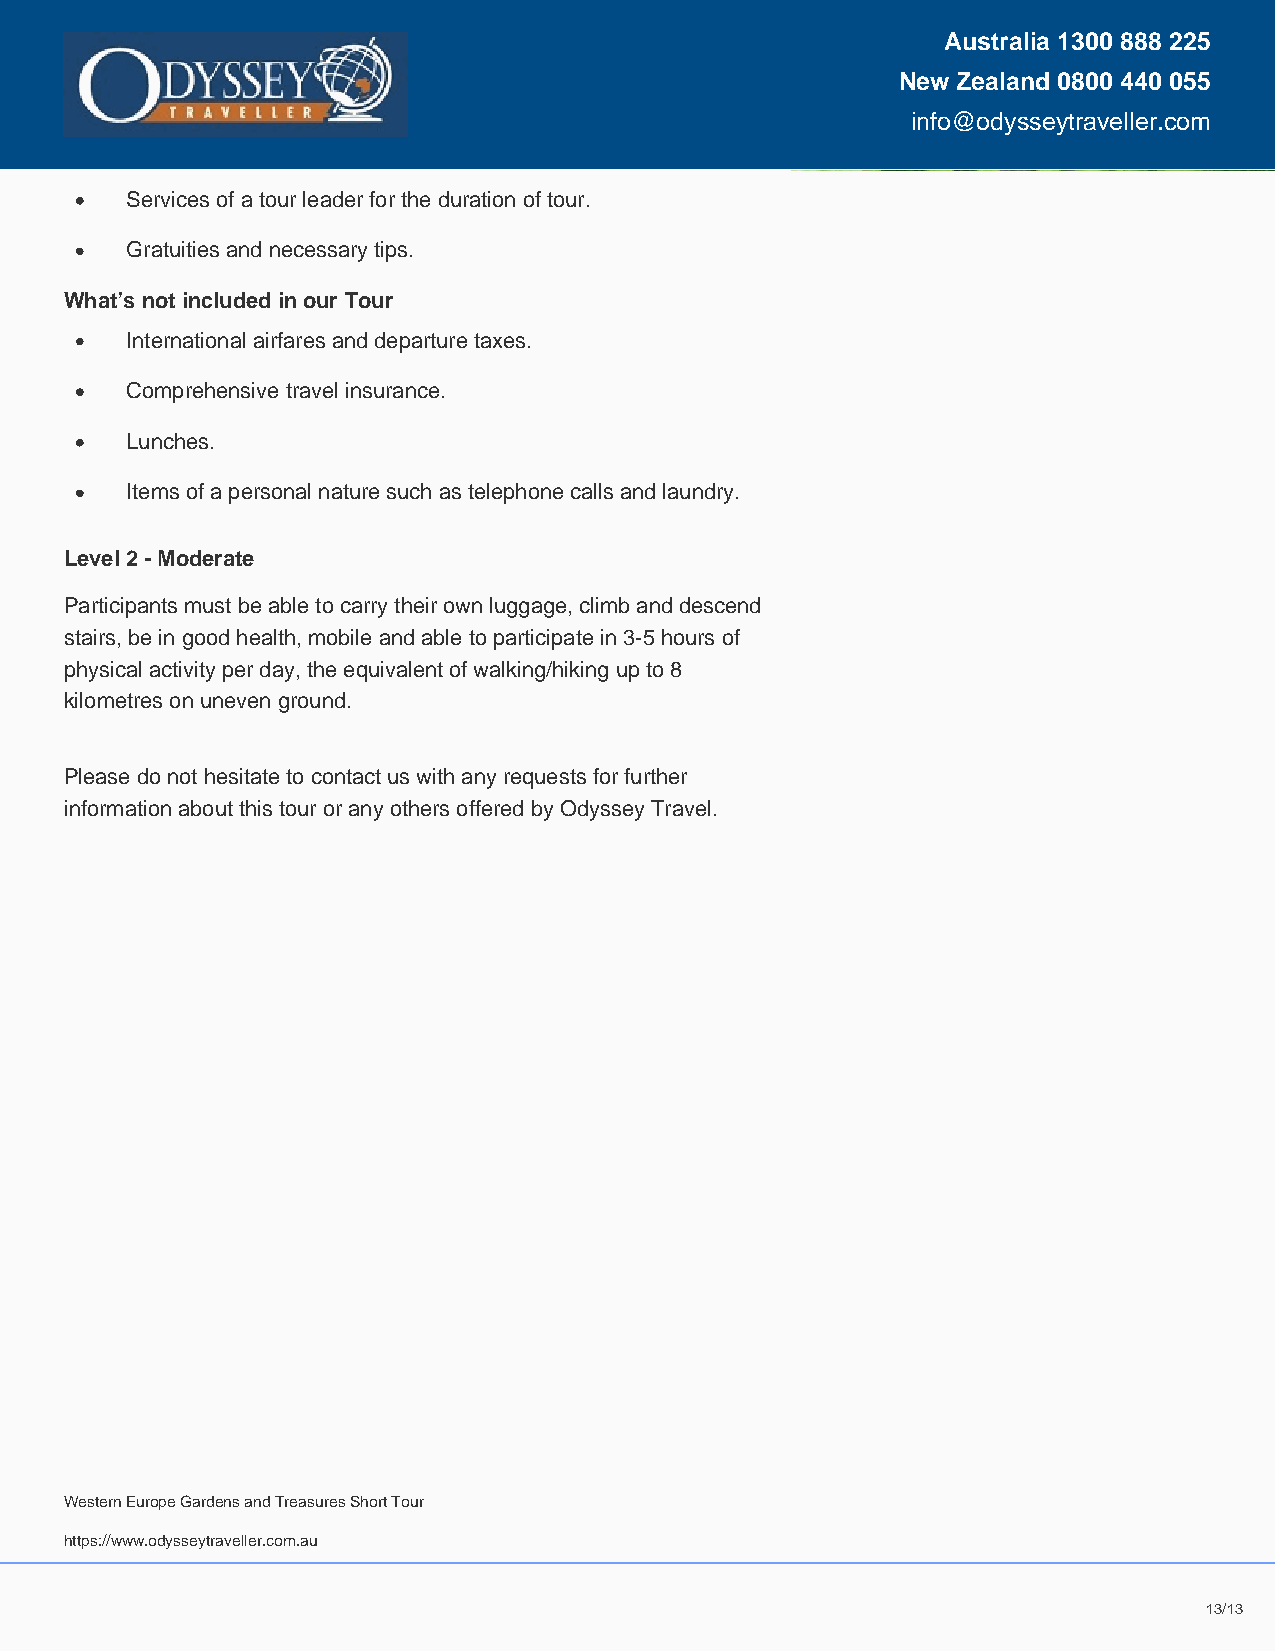
Australia 1300 888 225
 New Zealand 0800 440 055
 info@odysseytraveller.com
 Services of a tour leader for the duration of tour.
 Gratuities and necessary tips.
 What’s not included in our Tour
 International airfares and departure taxes.
 Comprehensive travel insurance.
 Lunches.
 Items of a personal nature such as telephone calls and laundry.
 Level 2 - Moderate
 Participants must be able to carry their own luggage, climb and descend
 stairs, be in good health, mobile and able to participate in 3-5 hours of
 physical activity per day, the equivalent of walking/hiking up to 8
 kilometres on uneven ground.
 Please do not hesitate to contact us with any requests for further
 information about this tour or any others offered by Odyssey Travel.
 Western Europe Gardens and Treasures Short Tour
 09-Dec-2023
 https://www.odysseytraveller.com.au
 11111111111113333333333333/////////////11111111111113333333333333